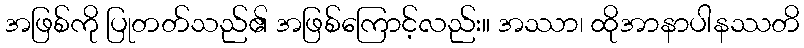
အဖြစ်ကို ပြုတတ်သည်၏ အဖြစ်ကြောင့်လည်း။ အဿာ၊ ထိုအာနာပါနဿတိ